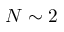
N \sim 2